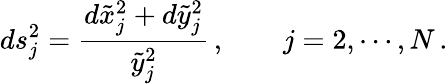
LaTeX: ds_{j}^{2}=\frac{d\tilde{x}_{j}^{2}+d\tilde{y}_{j}^{2}}{\tilde{y}_{j}^{2}}\, ,\qquad j=2,\cdots,N\, .